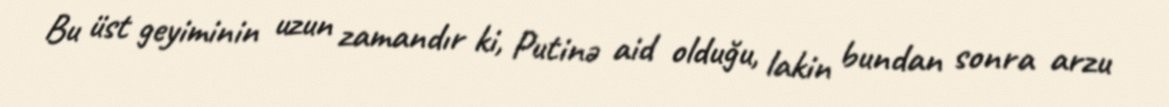
Bu üst geyiminin uzun zamandır ki, Putinə aid olduğu, lakin bundan sonra arzu